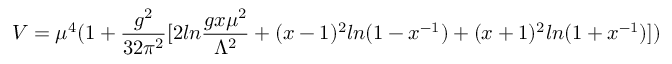
V = \mu ^ { 4 } ( 1 + { \frac { g ^ { 2 } } { 3 2 \pi ^ { 2 } } } [ 2 l n { \frac { g x \mu ^ { 2 } } { \Lambda ^ { 2 } } } + ( x - 1 ) ^ { 2 } l n ( 1 - x ^ { - 1 } ) + ( x + 1 ) ^ { 2 } l n ( 1 + x ^ { - 1 } ) ] )